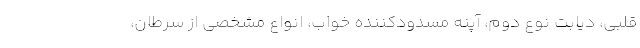
قلبی، دیابت نوع دوم، آپنه مسدودکننده خواب، انواع مشخصی از سرطان،